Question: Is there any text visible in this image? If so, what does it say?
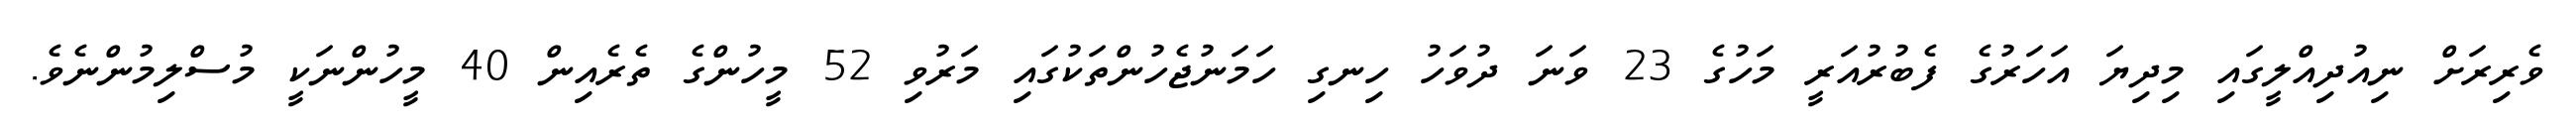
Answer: ވެރިރަށް ނިއުދިއްލީގައި މިދިޔަ އަހަރުގެ ފެބުރުއަރީ މަހުގެ 23 ވަނަ ދުވަހު ހިނގި ހަމަނުޖެހުންތަކުގައި މަރުވި 52 މީހުންގެ ތެރެއިން 40 މީހުންނަކީ މުސްލިމުންނެވެ.